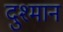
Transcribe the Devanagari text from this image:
दुश्मान